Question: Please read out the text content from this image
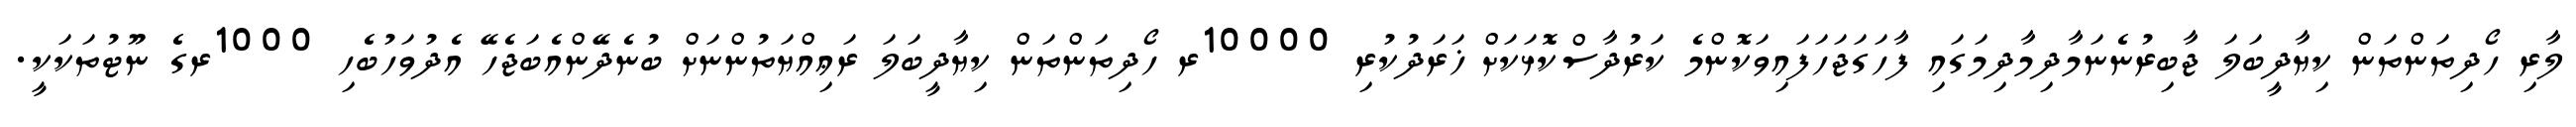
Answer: ލާރި ހޯދިތަންތަން ކިޔާދީބަލަ ޖާބިރުނެނަމާދިމާދިމަގައި ފާހަގަޖަހަފައިވަކޮންމެ ކަރުދާސްކޮޅަކަށް ޚަރަދުކުރި 10000ރ ހޯދިތަންތަން ކިޔާދީބަލަ ރަޢިއްޔަތުންނަށް ބުނެދޭންއެބަޖެހޭ އެދުވަހުބެހި 1000ރގެ ނޫޓުތަކަކީ.